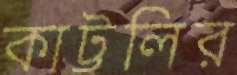
কাট্টলির